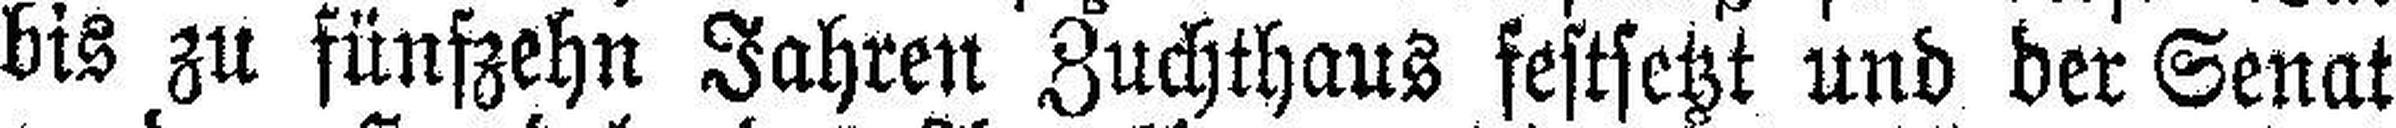
bis zu fünfzehn Jahren Zuchthaus festsetzt und der Senat